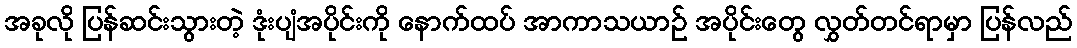
အခုလို ပြန်ဆင်းသွားတဲ့ ဒုံးပျံအပိုင်းကို နောက်ထပ် အာကာသယာဉ် အပိုင်းတွေ လွှတ်တင်ရာမှာ ပြန်လည်